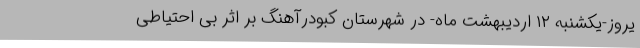
یروز-یکشنبه ۱۲ اردیبهشت ماه- در شهرستان کبودرآهنگ بر اثر بی احتیاطی